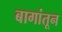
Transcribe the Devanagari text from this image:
बागांतून